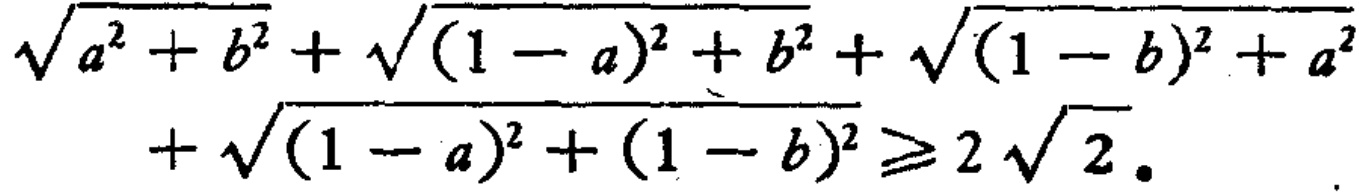
\(\sqrt{a^{2}+b^{2}}+\sqrt{(1 - a)^{2}+b^{2}}+\sqrt{(1 - b)^{2}+a^{2}}+\sqrt{(1 - a)^{2}+(1 - b)^{2}}\geqslant2\sqrt{2}\)